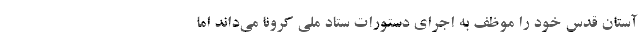
آستان قدس خود را موظف به اجرای دستورات ستاد ملی کرونا می‌داند اما